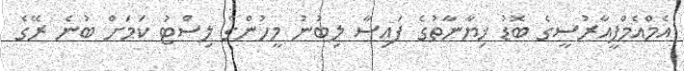
އެމްއެމްޕީއާރުސީގެ ބޮޑު ޚިޔާނާތުގެ ފައިސާ ލިބުނު މީހުންގެ ލިސްޓު ކަމަށް ބުނެ ރޭގެ